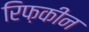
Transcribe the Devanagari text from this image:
रिफ़कीन